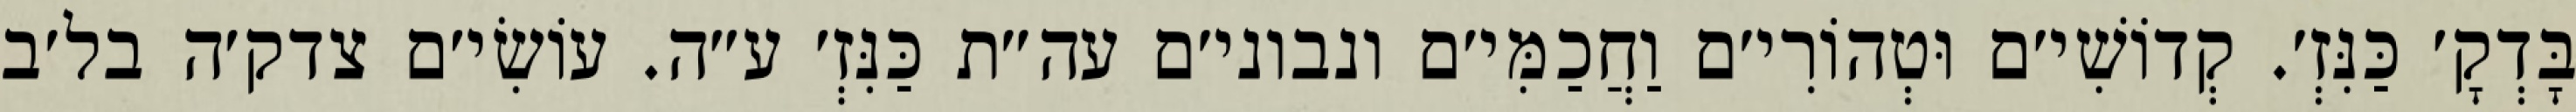
בָּדְקָ׳ כַּנִּזְ׳. קְדוֹשִׁי׳ם וּטְהוֹרִי׳ם וַחֲכַמִּי׳ם ונבוני׳ם עה״ת כַּנִּזְ׳ ע״ה. עוֹשִׂי׳ם צדק׳ה בל׳ב